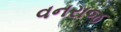
વનરાજ